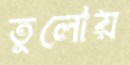
তুলোয়